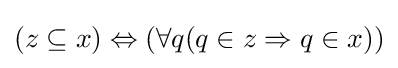
(z\subseteq x)\Leftrightarrow (\forall q(q\in z\Rightarrow q\in x))